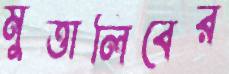
মুত্তালিবের